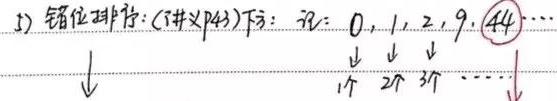
(3）错位排列：\((!\#\times P_{43})_{下}\)：记：\(0,1,2,9,\boxed{44}\cdots\)
\(\downarrow\) \(\downarrow\) \(\downarrow\) \(\downarrow\)
\(1个\) \(2个\) \(3个\) \(\cdots\downarrow\)